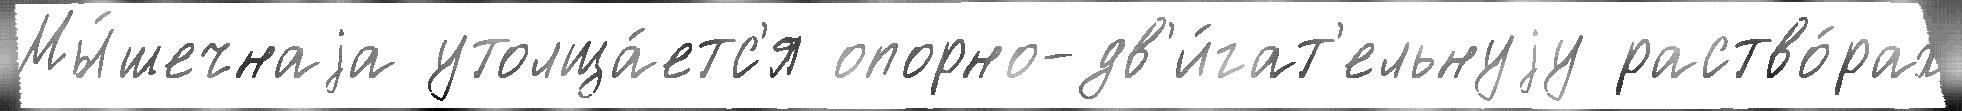
Мы́шечнаjа утолща́етс'я опорно-дв'и́гат'ельнуjу раство́рах